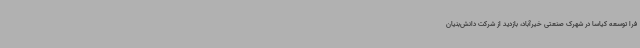
فرا توسعه کیاسا در شهرک صنعتی خیرآباد، بازدید از شرکت دانش‌بنیان